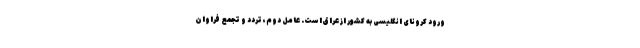
ورود کرونای انگلیسی به کشور از عراق است. عامل دوم، تردد و تجمع فراوان